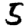
Digit: 5